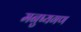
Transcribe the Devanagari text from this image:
मनुष्यगण